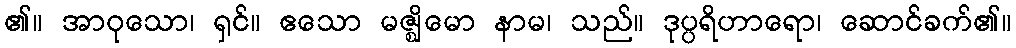
၏။ အာဝုသော၊ ရှင်။ ဧသော မဇ္ဈိမော နာမ၊ သည်။ ဒုပ္ပရိဟာရော၊ ဆောင်ခက်၏။